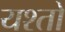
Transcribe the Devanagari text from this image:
यश्तों